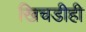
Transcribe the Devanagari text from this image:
खिचडीही